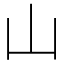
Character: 山